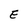
Character: E